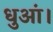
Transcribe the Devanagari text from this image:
धुआं।